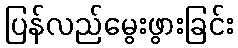
ပြန်လည်မွေးဖွားခြင်း